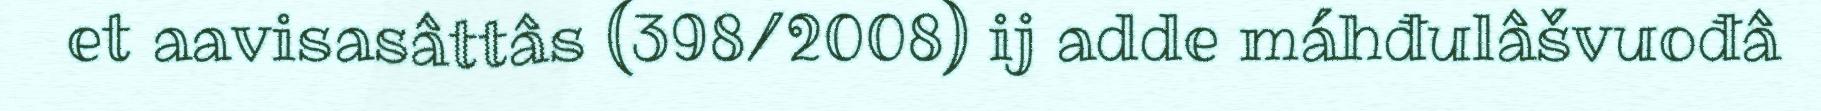
et aavisasâttâs (398/2008) ij adde máhđulâšvuođâ